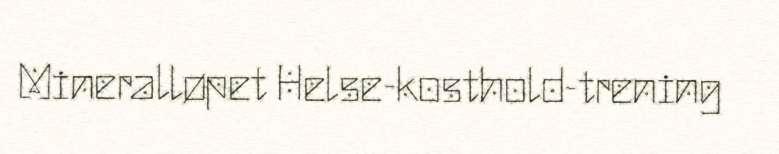
Mineralløpet Helse-kosthold-trening